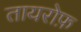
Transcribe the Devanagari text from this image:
तायरोफ़